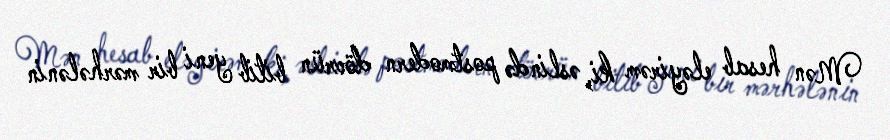
Mən hesab eləyirəm ki, əslində postmodern dövrün bitib yeni bir mərhələnin